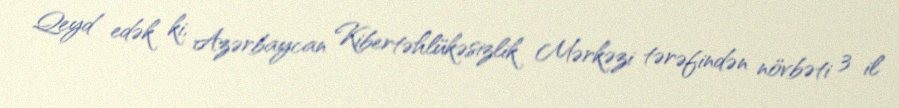
Qeyd edək ki, Azərbaycan Kibertəhlükəsizlik Mərkəzi tərəfindən növbəti 3 il